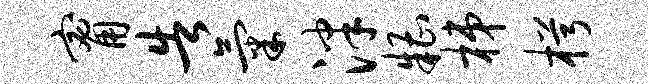
甯告气泮糟梯枵